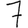
Digit: 7